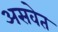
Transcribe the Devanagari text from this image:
असवेत